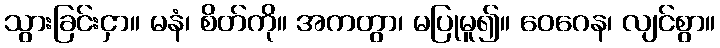
သွားခြင်းငှာ။ မနံ၊ စိတ်ကို။ အကတွာ၊ မပြုမူ၍။ ဝေဂေန၊ လျင်စွာ။